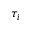
\tau _ { i }